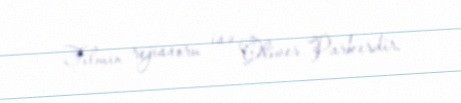
Filmin rejissoru isə Oliver Parkerdir.